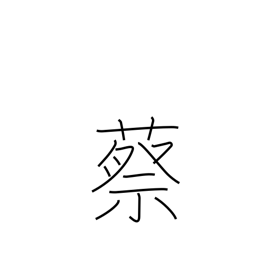
Meaning: type of tortoise used for divination